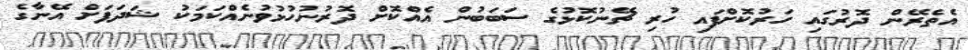
އެތެރޭން ދޮރުގައި ހަރުކޮށްފައި ހުރި ޗޭނުކޮޅުގެ ސަބަބުން އެއްކޮށް ދޮރުނުހުޅުވުނެއްކަމަކު ޝަދަފަށް އޭނާގެ